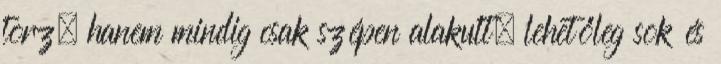
torz, hanem mindig csak szépen alakult, lehetőleg sok és